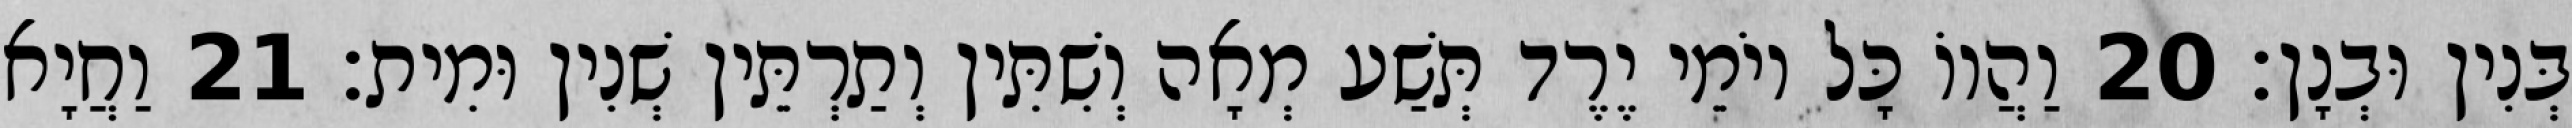
בְּנִין וּבְנָן׃ 20 וַהֲווֹ כָּל יוֹמֵי יֶרֶד תְּשַׁע מְאָה וְשִׁתִּין וְתַרְתֵּין שְׁנִין וּמִית׃ 21 וַחֲיָא